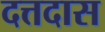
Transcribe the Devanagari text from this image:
दत्तदास